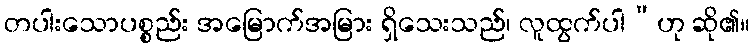
တပါးသောပစ္စည်း အမြောက်အမြား ရှိသေးသည်၊ လူထွက်ပါ”ဟု ဆို၏။